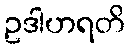
ဥဒါဟရတိ